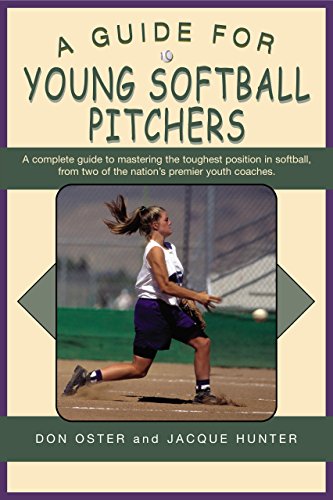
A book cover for A Guide for Young Softball Pitchers (Young Player's); Don Oster; Sports & Outdoors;